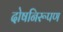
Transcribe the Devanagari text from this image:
दोषनिरूपण